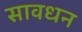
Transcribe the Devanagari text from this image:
सावधन